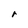
Character: r